画像に写った文字を読んでください
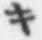
「キ」と書いてあります